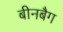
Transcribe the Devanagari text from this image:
बीनबैग